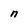
Character: n